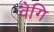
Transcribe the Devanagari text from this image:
वेगि